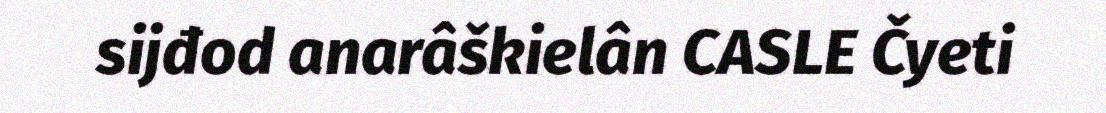
sijđod anarâškielân CASLE Čyeti